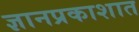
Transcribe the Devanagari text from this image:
ज्ञानप्रकाशात